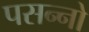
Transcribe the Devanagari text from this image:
पसन्नो